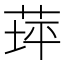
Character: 𦱾